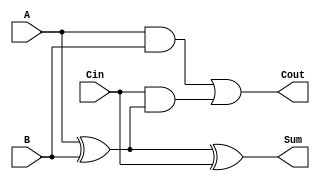
module FullAdder (
    input wire A,
    input wire B,
    input wire Cin,
    output wire Sum,
    output wire Cout
);
    assign Sum = A ^ B ^ Cin; // Sum calculation
    assign Cout = (A & B) | (Cin & (A ^ B)); // Carry-out calculation
endmodule